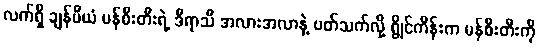
လက်ရှိ ချန်ပီယံ မန်စီးတီးရဲ့ ဒီရာသီ အလားအလာနဲ့ ပတ်သက်လို့ ရွိုင်ကိန်းက မန်စီးတီးကို